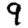
Digit: 9